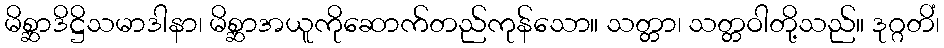
မိစ္ဆာဒိဋ္ဌိသမာဒါနာ၊ မိစ္ဆာအယူကိုဆောက်တည်ကုန်သော။ သတ္တာ၊ သတ္တဝါတို့သည်။ ဒုဂ္ဂတိံ၊